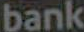
bank